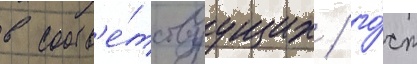
в соотв'е́тствуущих / го́ст